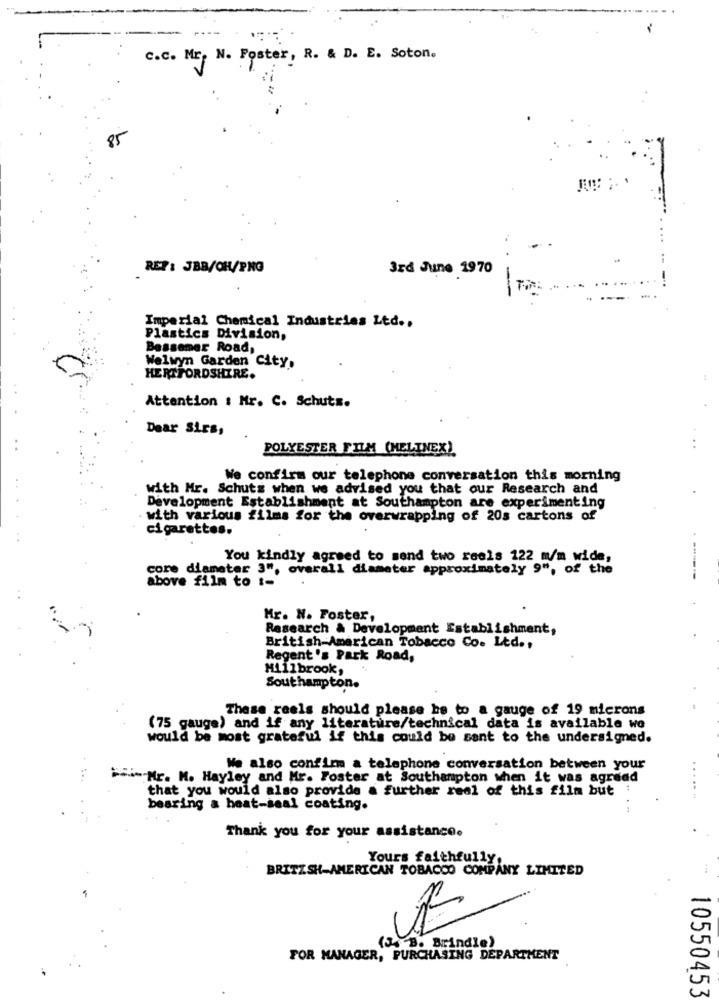
c.c. Mr. N. Foster, R. & D. E. Soton.
REZ : JBB/OH/PNG
3rd June 1970
Imperial Chemical Industries Ltd ..
Plastics Division,
Bessemer Road,
Welwyn Garden City.
HERTFORDSHIRE.
Attention : Mr. C. Schutz.
Dear Sirs,
POLYESTER FILM (MELINEX)
..
We confirm our telephone conversation this morning
with Mr. Schuts when we advised you that our Research and
Development Establishment at Southampton are experimenting
with various films for the overwrapping of 20s cartons of
cigarettes.
You kindly agreed to send two reels 122 m/m wide,
core diameter 3", overall diameter approximately 9", of the
------
above film to t-
Mr. N. Foster,
Research & Development Establishment,
British American Tobacco Co. Ltd .,
Regent's Park Road,
Millbrook,
Southampton.
These reels should please be to a gauge of 19 microns
(75 gauge) and if any literature/technical data is available wo
would be most grateful if this could be sent to the undersigned.
We also confirm a telephone conversation between your
..
Hi- Mr. M. Hayley and Mr. Foster at Southampton when it was agreed
that you would also provide a further real of this film but :
bearing & heat-seal coating.
Thank you for your assistance.
Yours faithfully.
BRITISH-AMERICAN TOBACCO COMPANY LIMITED
(J. B. Brindle)
FOR MANAGER, PURCHASING DEPARTMENT
10550453